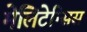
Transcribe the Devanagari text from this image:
मेलिटेन्सिस